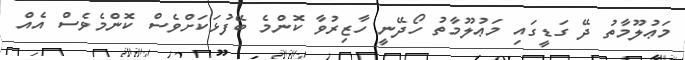
މަޢުލޫމާތު ދޭ ގަޑީގައި މަޢުލޫމާތު ހޯދޭނީ ހާޒިރުވާ ކޮންމެ ބޭފުޅަކަށްވެސް ކޮންމެވެސް އެއް